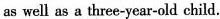
as well as a three-year—old child.